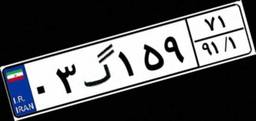
۰۳گ۱۵۹۷۱